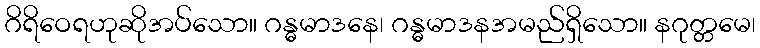
ဂိရိဝေရဟုဆိုအပ်သော။ ဂန္ဓမာဒနေ၊ ဂန္ဓမာဒနအမည်ရှိသော။ နဂုတ္တမေ၊